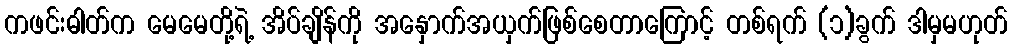
ကဖင်းဓါတ်က မေမေတို့ရဲ့ အိပ်ချိန်ကို အနှောက်အယှက်ဖြစ်စေတာကြောင့် တစ်ရက် (၁)ခွက် ဒါမှမဟုတ်